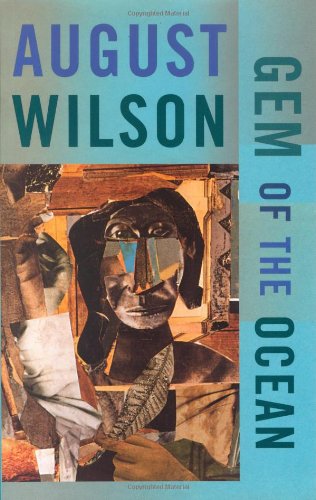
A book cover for Gem of the Ocean; August Wilson; Literature & Fiction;